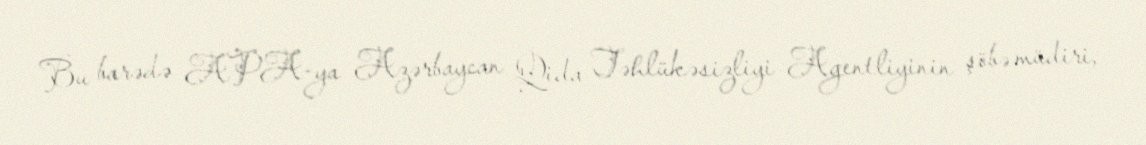
Bu barədə APA-ya Azərbaycan Qida Təhlükəsizliyi Agentliyinin şöbə müdiri,